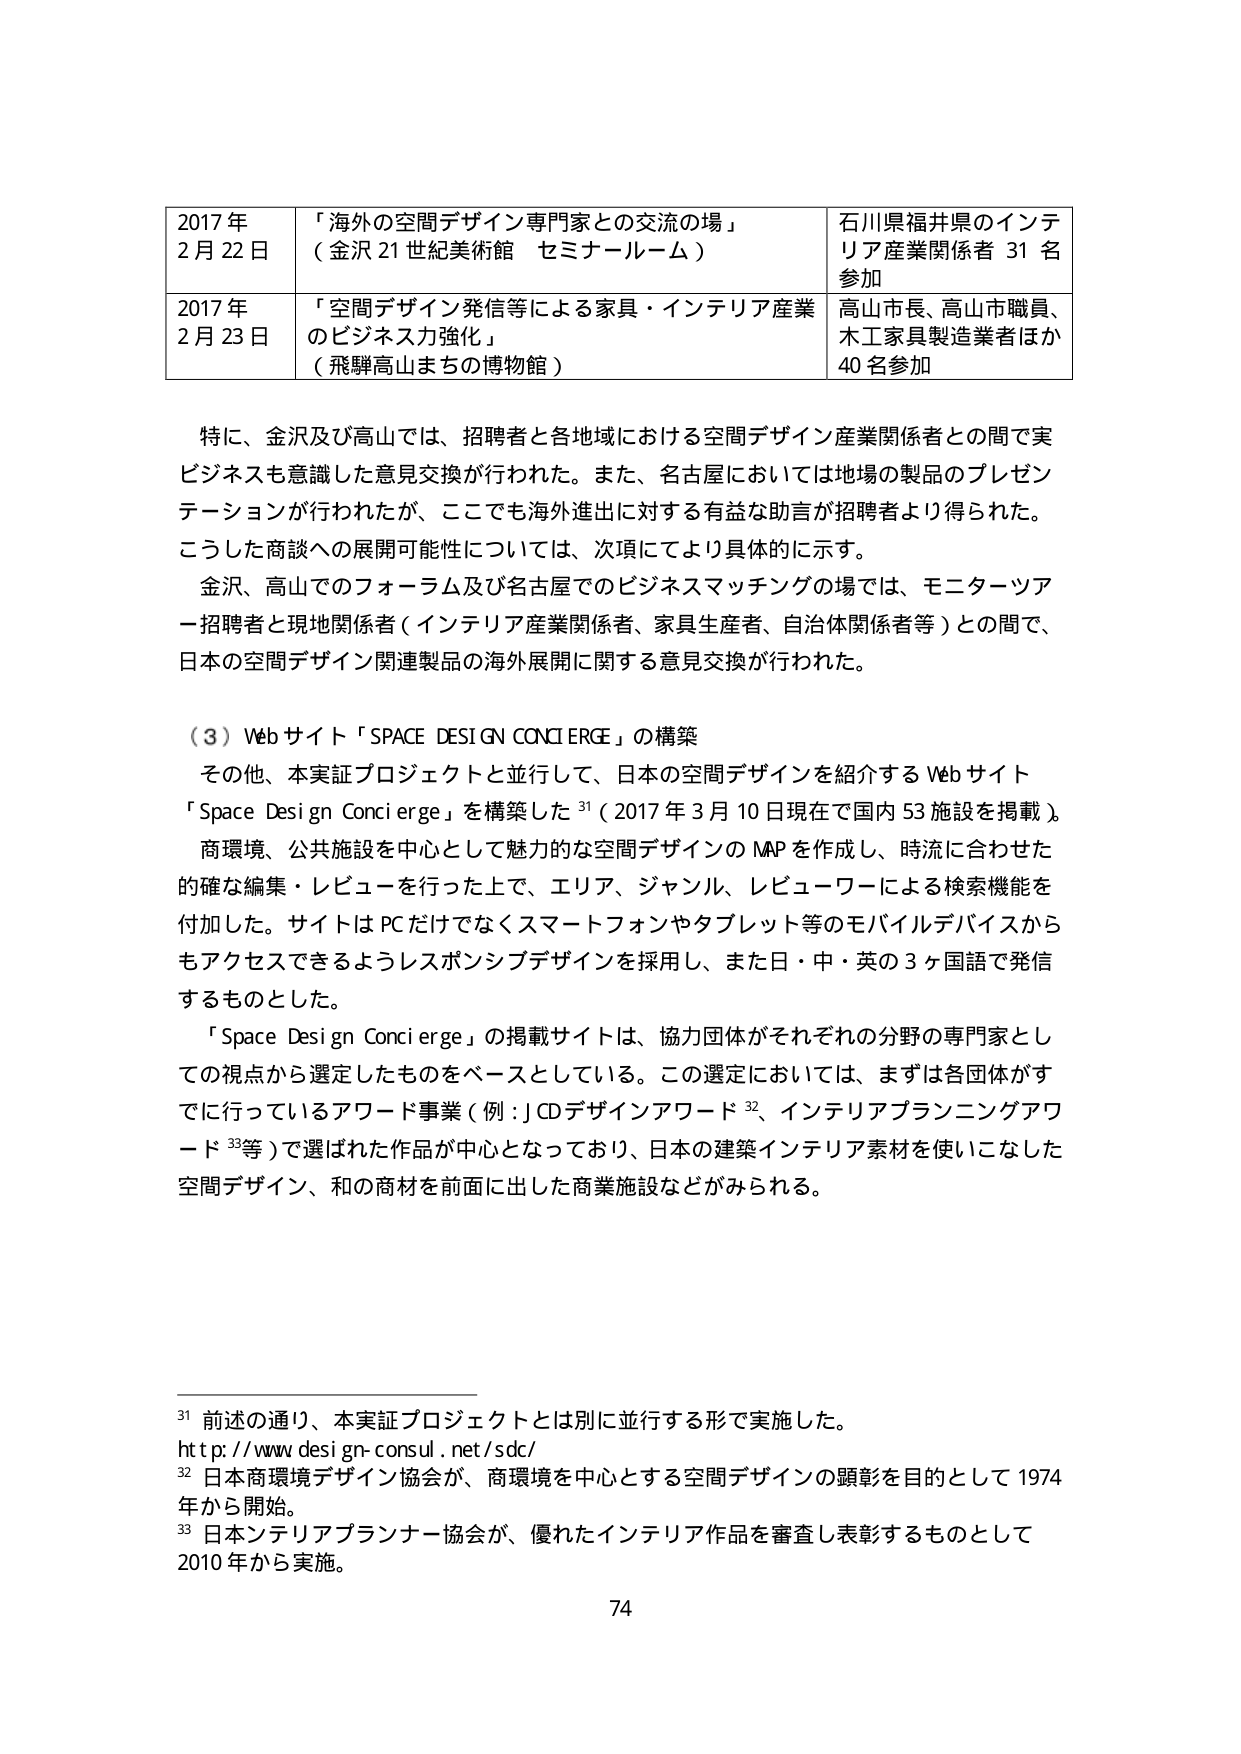
2017年
2月22日
「海外の空間デザイン専門家との交流の場」
（金沢21世紀美術館 セミナールーム）
石川県福井県のインテリア産業関係者31名参加

2017年
2月23日
「空間デザイン発信等による家具・インテリア産業のビジネス力強化」
（飛騨高山まちの博物館）
高山市長、高山市職員、木工家具製造業者ほか40名参加

特に、金沢及び高山では、招聘者と各地域における空間デザイン産業関係者との間で実ビジネスも意識した意見交換が行われた。また、名古屋においては地場の製品のプレゼンテーションが行われたが、ここでも海外進出に対する有益な助言が招聘者より得られた。こうした商談への展開可能性については、次項にてより具体的に示す。

金沢、高山でのフォーラム及び名古屋でのビジネスマッチングの場では、モニターツアー招聘者と現地関係者（インテリア産業関係者、家具生産者、自治体関係者等）との間で、日本の空間デザイン関連製品の海外展開に関する意見交換が行われた。

（3）Webサイト「SPACE DESIGN CONCIERGE」の構築

その他、本実証プロジェクトと並行して、日本の空間デザインを紹介するWebサイト「Space Design Concierge」を構築した31（2017年3月10日現在で国内53施設を掲載）。商環境、公共施設を中心として魅力的な空間デザインのMAPを作成し、時流に合わせた的確な編集・レビューを行った上で、エリア、ジャンル、レビューアーによる検索機能を付加した。サイトはPCだけでなくスマートフォンやタブレット等のモバイルデバイスからもアクセスできるようレスポンシブデザインを採用し、また日・中・英の3ヶ国語で発信するものとした。

「Space Design Concierge」の掲載サイトは、協力団体がそれぞれの分野の専門家としての視点から選定したものをベースとしている。この選定においては、まずは各団体がすでに於っているアワード事業（例：JCDデザインアワード32、インテリアプランニングアワード33等）で選ばれた作品が中心となっており、日本の建築インテリア素材を使いこなした空間デザイン、和の商材を前面に出した商業施設などがみられる。

31 前述の通り、本実証プロジェクトとは別に並行する形で実施した。
http://www.design-consul.net/sdc/
32 日本商環境デザイン協会が、商環境を中心とする空間デザインの顕彰を目的として1974年から開始。
33 日本インテリアプランナー協会が、優れたインテリア作品を審査し表彰するものとして2010年から実施。

74